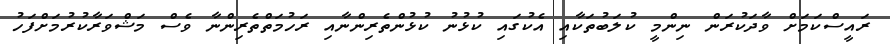
ރައީސްކަމަށް ވާދަކުރަން ނިންމީ ކުލަބުތަކާއި އެކުގައި ކުޅުނު ކުޅުންތެރިންނާއި ރަހުމަތްތެރިންނާ ވެސް މަޝްވަރާކުރުމަށްފަހު